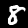
Digit: 8